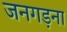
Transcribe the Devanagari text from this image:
जनगड़ना